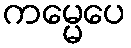
ကမ္မေပေ